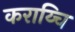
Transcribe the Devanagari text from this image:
कराय्चि